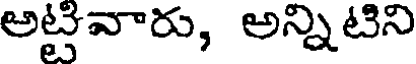
అట్టివారు, అన్నిటిని